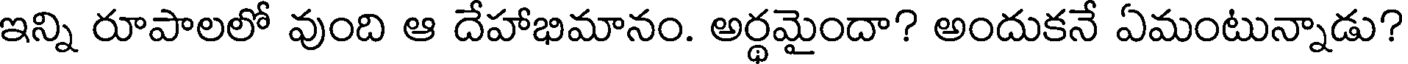
ఇన్ని రూపాలలో వుంది ఆ దేహాభిమానం. అర్థమైందా? అందుకనే ఏమంటున్నాడు?